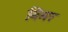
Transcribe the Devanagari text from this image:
बिमर